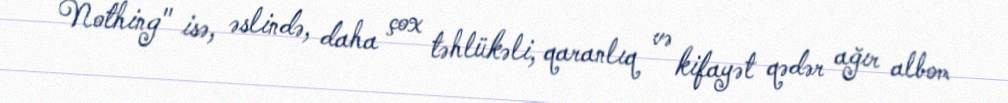
Nothing" isə, əslində, daha çox təhlükəli, qaranlıq və kifayət qədər ağır albom